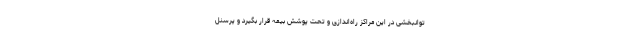
توانبخشی در این مراکز راه‌اندازی و تحت پوشش بیمه قرار بگیرد و پرسنل